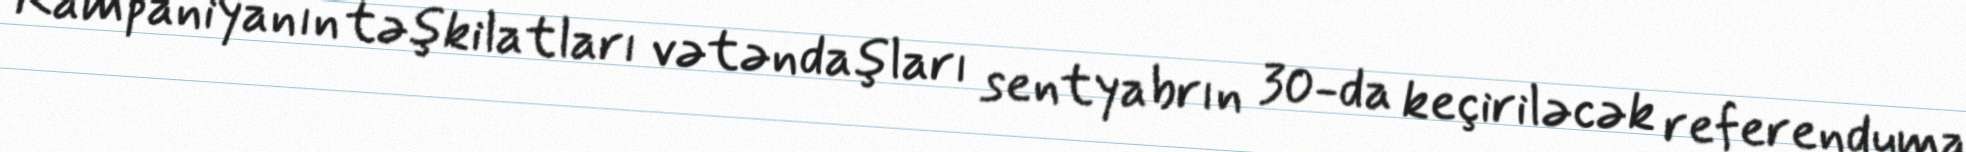
Kampaniyanın təşkilatları vətəndaşları sentyabrın 30-da keçiriləcək referenduma